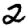
Digit: 2